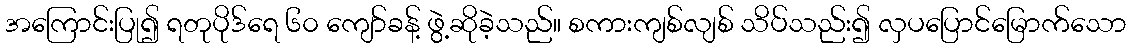
အကြောင်းပြု၍ ရတုပိုဒ်ရေ ၆၀ ကျော်ခန့် ဖွဲ့ဆိုခဲ့သည်။ စကားကျစ်လျစ် သိပ်သည်း၍ လှပပြောင်မြောက်သော